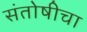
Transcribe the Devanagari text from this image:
संतोषीचा